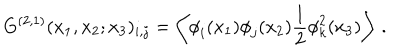
G ^ { ( 2 , 1 ) } ( x _ { 1 } , x _ { 2 } ; x _ { 3 } ) _ { i , j } = \left\langle { \phi } _ { i } ( x _ { 1 } ) { \phi } _ { j } ( x _ { 2 } ) \frac { 1 } { 2 } { \phi } _ { k } ^ { 2 } ( x _ { 3 } ) \right\rangle \, .